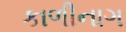
કાળીનાગ